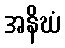
အနိဃံ